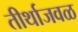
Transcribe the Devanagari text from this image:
तीर्थाजवळ